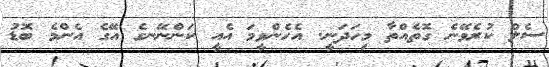
ސެލް ކުރެވޭނެ ގޮތެއްތާ މިހަދަނީ. އެހެންވީމަ އެއީ ކަންނޭނގެ އޭގެ އެންމެ ބޮޑު